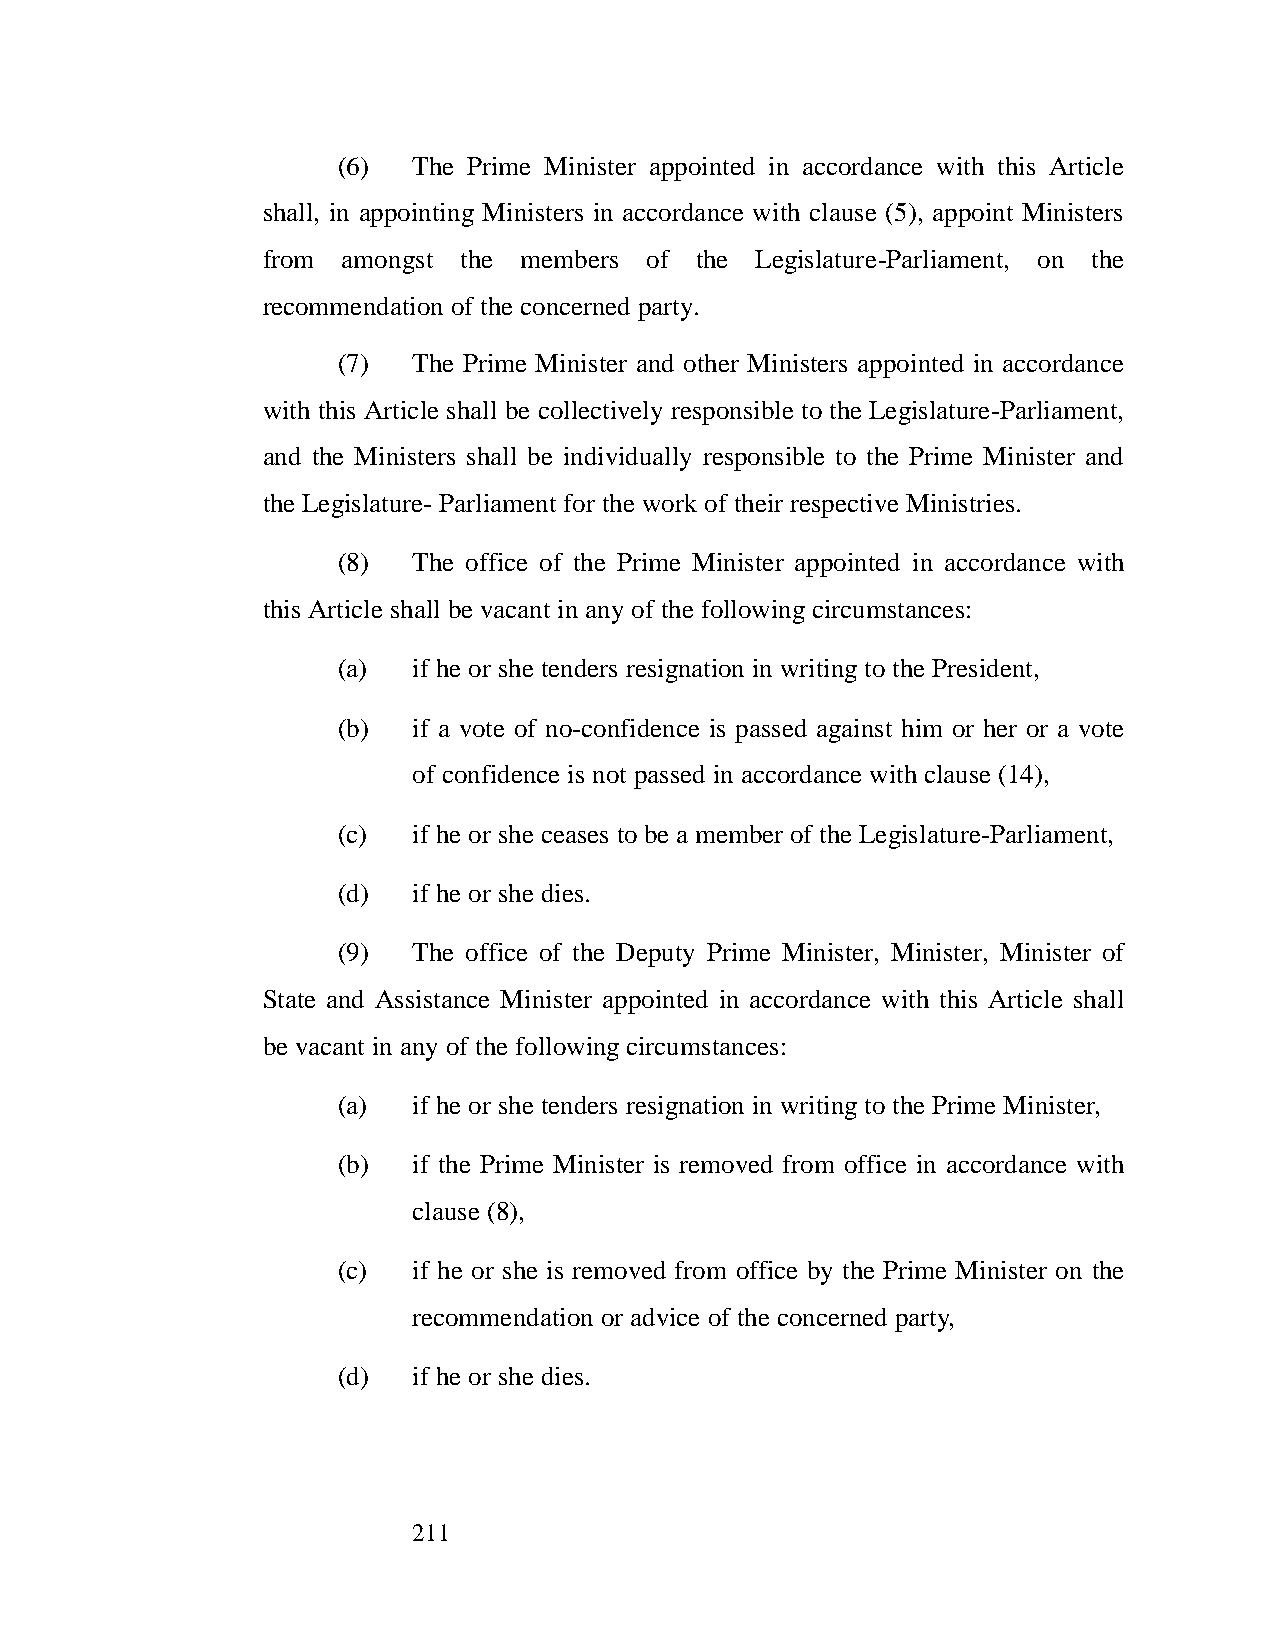
(6)  The Prime Minister appointed in accordance with this Article
 shall, in appointing Ministers in accordance with clause (5), appoint Ministers
 from  amongst the members of the Legislature-Parliament, on the
 recommendation of the concerned party.
 (7)  The Prime Minister and other Ministers appointed in accordance
 with this Article shall be collectively responsible to the Legislature-Parliament,
 and the Ministers shall be individually responsible to the Prime Minister and
 the Legislature- Parliament for the work of their respective Ministries.
 (8)  The office of the Prime Minister appointed in accordance with
 this Article shall be vacant in any of the following circumstances:
 (a)  if he or she tenders resignation in writing to the President,
 (b)  if a vote of no-confidence is passed against him or her or a vote
 of confidence is not passed in accordance with clause (14),
 (c)  if he or she ceases to be a member of the Legislature-Parliament,
 (d)  if he or she dies.
 (9)  The office of the Deputy Prime Minister, Minister, Minister of
 State and Assistance Minister appointed in accordance with this Article shall
 be vacant in any of the following circumstances:
 (a)  if he or she tenders resignation in writing to the Prime Minister,
 (b)  if the Prime Minister is removed from office in accordance with
 clause (8),
 (c)  if he or she is removed from office by the Prime Minister on the
 recommendation or advice of the concerned party,
 (d)  if he or she dies.
 211